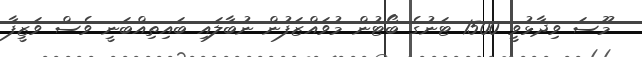
މޫސަ ވިދާޅުވީ 1500 ޓަނުގެ ބޯޓުން މުވައްޒަފުން ނުބާލައި ބައިތިއްބަނީ ވެސް ވަޒީފާ